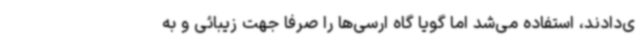
ی‌دادند، استفاده می‌شد اما گویا گاه ارسی‌ها را صرفا جهت زیبائی و به